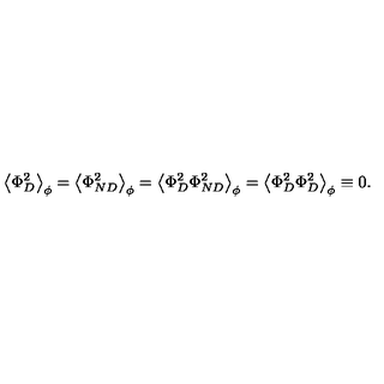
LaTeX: \left\langle \Phi _ { D } ^ { 2 } \right\rangle _ { \phi } = \left\langle \Phi _ { N D } ^ { 2 } \right\rangle _ { \phi } = \left\langle \Phi _ { D } ^ { 2 } \Phi _ { N D } ^ { 2 } \right\rangle _ { \phi } = \left\langle \Phi _ { D } ^ { 2 } \Phi _ { D } ^ { 2 } \right\rangle _ { \phi } \equiv 0 .